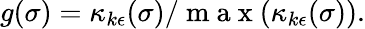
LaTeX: g(\sigma)=\kappa_{k\epsilon}(\sigma)/\mathrm{~m~a~x~}(\kappa_{k\epsilon}(\sigma)).